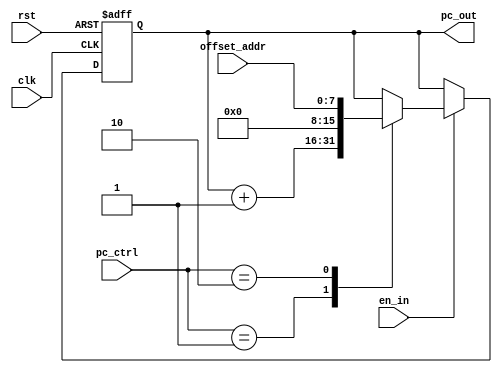
`timescale 1ns / 1ps
//////////////////////////////////////////////////////////////////////////////////
// Company: 
// Engineer: 
// 
// Design Name: 
// Module Name: pc
// Project Name: 
// Target Devices: 
// Tool Versions: 
// Description: 
// 
// Dependencies: 
// 
// Revision:
// Revision 0.01 - File Created
// Additional Comments:
// 
//////////////////////////////////////////////////////////////////////////////////


module pc(
         clk,
         rst		,       
		 en_in		,
		 pc_ctrl  	,
		 offset_addr, 		 			 
		 pc_out  		
    );
    input clk,rst,en_in;
    input wire[1:0] pc_ctrl;
    input wire[7:0] offset_addr;
    output reg[15:0] pc_out;
    always@(posedge clk or negedge rst)
        if(rst==0)
            begin
                pc_out<=0000000000000000;
            end
         else
            begin
                 if(en_in==1)
                    begin
                         case (pc_ctrl)
                         2'b01:
                            pc_out <= pc_out + 1;
                         2'b10:
                            pc_out <= {8'b00000000,offset_addr[7:0]};
                         default:                            
                                  pc_out <= pc_out;
                       endcase
                       end
            end   
    
endmodule